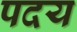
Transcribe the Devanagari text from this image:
पदय